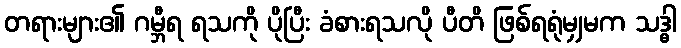
တရားများ၏ ဂမ္ဘီရ ရသကို ပိုပြီး ခံစားရသလို ပီတိ ဖြစ်ရရုံမျှမက သဒ္ဓါ